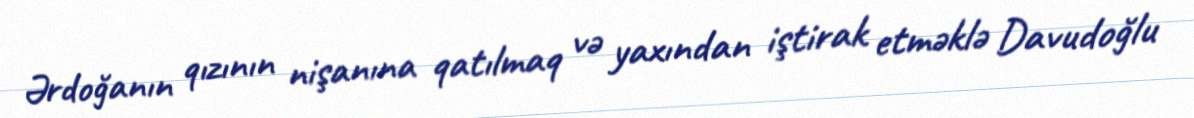
Ərdoğanın qızının nişanına qatılmaq və yaxından iştirak etməklə Davudoğlu